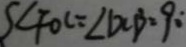
S \angle F O C = \angle D C B = 9 0 ^ { \circ }